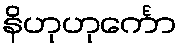
နိဟုဟုင်္ကော